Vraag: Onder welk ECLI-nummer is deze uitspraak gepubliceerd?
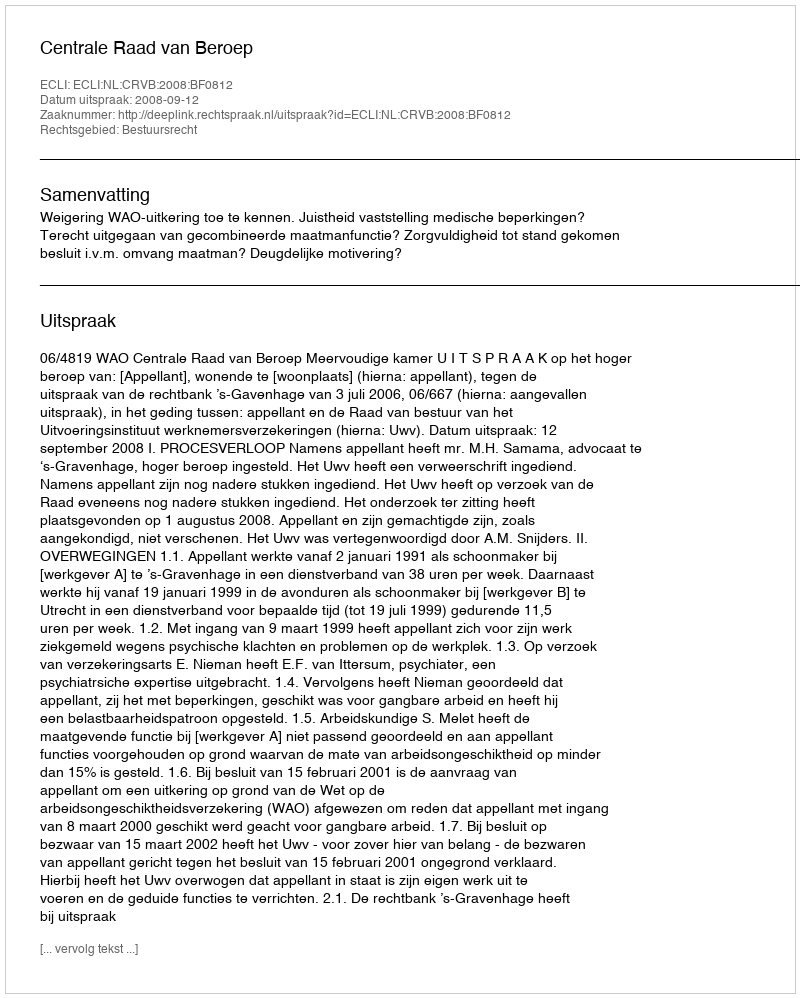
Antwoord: ECLI:NL:CRVB:2008:BF0812